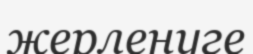
жерленуге